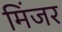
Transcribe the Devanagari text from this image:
मिंजर